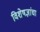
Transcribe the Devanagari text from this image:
विशेषज्ञांचा